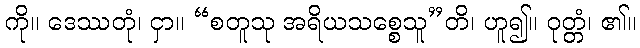
ကို။ ဒေဿတုံ၊ ငှာ။ “စတူသု အရိယသစ္စေသူ”တိ၊ ဟူ၍။ ဝုတ္တံ၊ ၏။